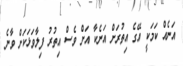
އަނެއް ކަމަކީ އޭގެ އިތުރަށް އަނެކާ އަށް ވެސް އިތުރު ފިލާވަޅަކަށް ވާނެ